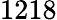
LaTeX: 1218